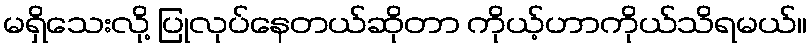
မရှိသေးလို့ ပြုလုပ်နေတယ်ဆိုတာ ကိုယ့်ဟာကိုယ်သိရမယ်။